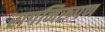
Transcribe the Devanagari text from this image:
रागनिरूपण